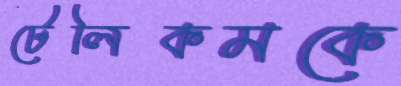
টেলিকমকে